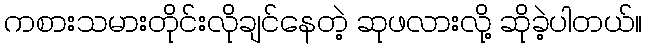
ကစားသမားတိုင်းလိုချင်နေတဲ့ ဆုဖလားလို့ ဆိုခဲ့ပါတယ်။